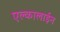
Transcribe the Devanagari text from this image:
एल्कालाईन